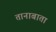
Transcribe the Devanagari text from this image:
तानाबाता